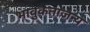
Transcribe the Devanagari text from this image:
भावुकताजन्य